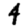
Digit: 4